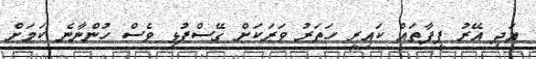
އަދި އޭރު ފީފާތައް ކައިރީ ހަތަރު ވަރަކަށް ގޭސްފުޅި ވެސް ހުންނާނެ ކަމަށް